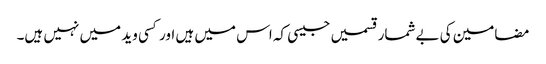
مضامین کی بےشمار قسمیں جیسی کہ اس میں ہیں اور کسی وید میں نہیں ہیں۔